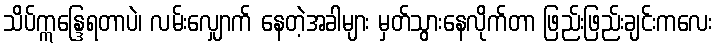
သိပ်ဣန္ဒြေရတာပဲ၊ လမ်းလျှောက် နေတဲ့အခါများ မှတ်သွားနေလိုက်တာ ဖြည်းဖြည်းချင်းကလေး